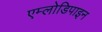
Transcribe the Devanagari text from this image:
एम्लोडिपाइन